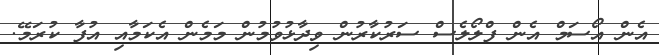
އެން އޯސަމް އެން ފްލޯލެސް ސަރުކާރުން ވިދާޅުވުމުން މަމެން އެކަމާއި އުފާ ކުރަމޭ.